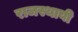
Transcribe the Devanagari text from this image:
राजस्थायी